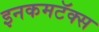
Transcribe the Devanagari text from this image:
इनकमटॅक्स